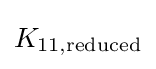
K_{11,{\text{reduced}}}